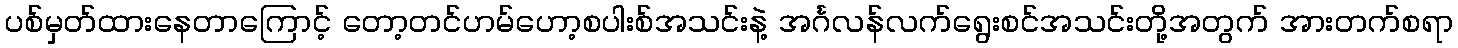
ပစ်မှတ်ထားနေတာကြောင့် တော့တင်ဟမ်ဟော့စပါးစ်အသင်းနဲ့ အင်္ဂလန်လက်ရွေးစင်အသင်းတို့အတွက် အားတက်စရာ